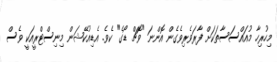
މިހުރިހާ މުއައްސަސާތަކަށް ފާރަވެރިވެގެން އޮންނަ "ވޮޗް ޑޯގެ" ކެވެ. އެޑިއުކޭޝަން މިނިސްޓްރީއަކީ ވެސް